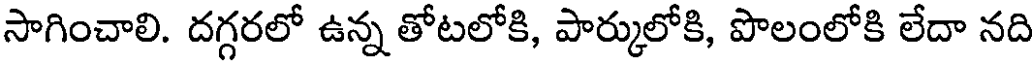
సాగించాలి. దగ్గరలో ఉన్న తోటలోకి, పార్కులోకి, పొలంలోకి లేదా నది